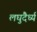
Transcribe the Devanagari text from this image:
लघुदैर्ध्य